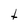
Character: t